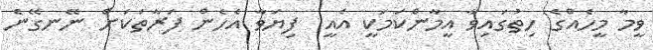
ވީމާ މީހެއްގެ ހިތުގައިވާ އީމާންކަމަކީ އެއީ  ފިޔަވާ އެހެން ފަރާތަކަށް ނޭނގޭނެ